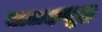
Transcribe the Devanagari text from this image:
अलक्षमुद्रा